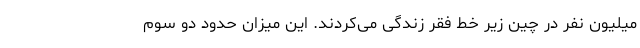
میلیون نفر در چین زیر خط فقر زندگی می‌کردند. این میزان حدود دو سوم